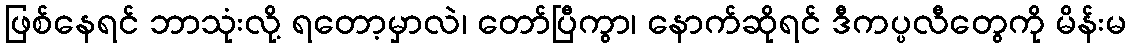
ဖြစ်နေရင် ဘာသုံးလို့ ရတော့မှာလဲ၊ တော်ပြီကွာ၊ နောက်ဆိုရင် ဒီကပ္ပလီတွေကို မိန်းမ